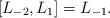
LaTeX: \begin{align*}[L_{-2}, L_1] = L_{-1}.\end{align*}